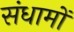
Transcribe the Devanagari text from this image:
संधामों